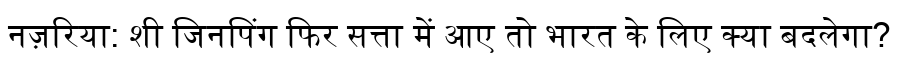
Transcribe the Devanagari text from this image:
नज़रिया: शी जिनपिंग फिर सत्ता में आए तो भारत के लिए क्या बदलेगा?